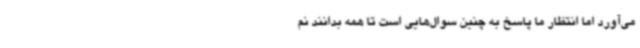
می‌آورد اما انتظار ما پاسخ به چنین سوال‌هایی است تا همه بدانند نم